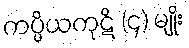
ကပ္ပိယကုဋိ (၄) မျိုး